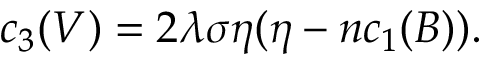
c _ { 3 } ( V ) = 2 \lambda \sigma \eta ( \eta - n c _ { 1 } ( B ) ) .